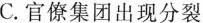
C. 官僚集团出现分裂